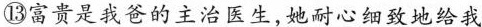
⑬富贵是我爸的主治医生,她耐心细致地给我